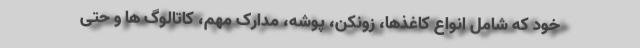
خود که شامل انواع کاغذها، زونکن، پوشه، مدارک مهم، کاتالوگ ها و حتی